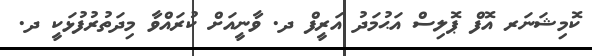
ކޮމިޝަނަރ އޮފް ޕޮލިސް އަޙުމަދު އަރީފް ދ. ވާނީއަށް ކުރައްވާ މިދަތުރުފުޅަކީ ދ.